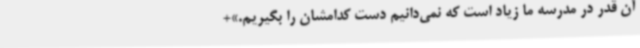
آن قدر در مدرسه ما زیاد است که نمی‌دانیم دست کدامشان را بگیریم.»+